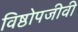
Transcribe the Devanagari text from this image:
विष्ठोपजीवी